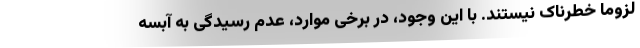
لزوما خطرناک نیستند. با این وجود، در برخی موارد، عدم رسیدگی به آبسه